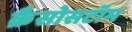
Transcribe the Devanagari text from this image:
क्रैसोसटॉम